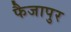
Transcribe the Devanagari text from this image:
फैजापुर